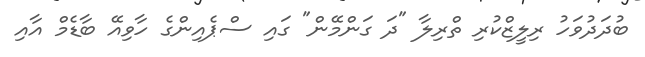
ބުދަދުވަހު ރިލީޒްކުރި ތްރިލާ "ދަ ގަންމޭން" ގައި ސްޕެއިންގެ ހާވިއޭ ބާޑެމް އާއި